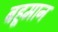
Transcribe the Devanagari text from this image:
बहूमान